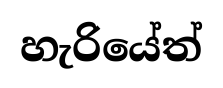
හැරියේත්